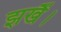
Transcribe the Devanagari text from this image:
झखैं।